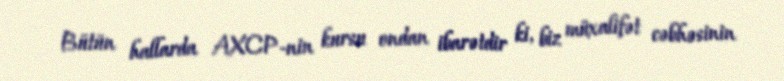
Bütün hallarda AXCP-nin kursu ondan ibarətdir ki, biz müxalifət cəbhəsinin